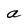
Character: a